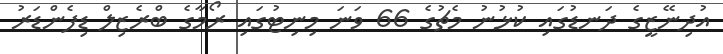
އުދިނޭޒީގެ ދަނޑުގައި ކުޅުނު މެޗުގެ 66 ވަނަ މިނިޓުގައި ރޯމާގެ ބްރެޒިލް ޑިފެންޑަރު